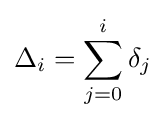
\Delta _{i}=\sum _{j=0}^{i}\delta _{j}